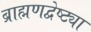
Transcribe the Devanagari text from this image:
ब्राह्मणद्वेष्ट्या